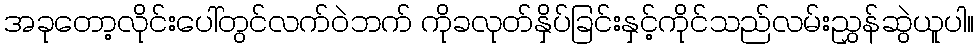
အခုတော့လိုင်းပေါ်တွင်လက်ဝဲဘက် ကိုခလုတ်နှိပ်ခြင်းနှင့်ကိုင်သည်လမ်းညွှန်ဆွဲယူပါ။